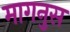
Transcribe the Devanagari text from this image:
मागनुस